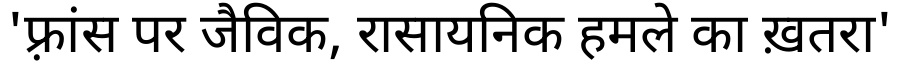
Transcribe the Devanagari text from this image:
'फ़्रांस पर जैविक, रासायनिक हमले का ख़तरा'